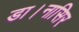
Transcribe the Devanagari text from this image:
डा।नासिर